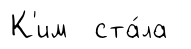
К'им ста́ла